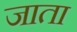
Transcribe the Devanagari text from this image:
जाता